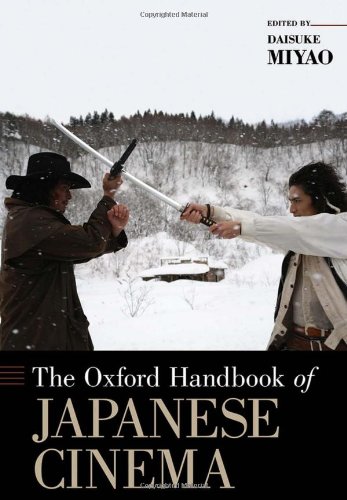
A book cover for The Oxford Handbook of Japanese Cinema (Oxford Handbooks); Humor & Entertainment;